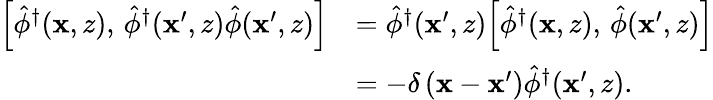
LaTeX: \begin{array}{rl}{\Bigl[\hat{\phi}^{\dagger}(\mathbf{x},z),\, \hat{\phi}^{\dagger}(\mathbf{x}^{\prime},z)\hat{\phi}(\mathbf{x}^{\prime},z)\Bigr]}&{=\hat{\phi}^{\dagger}(\mathbf{x}^{\prime},z)\Bigl[\hat{\phi}^{\dagger}(\mathbf{x},z),\, \hat{\phi}(\mathbf{x}^{\prime},z)\Bigr]}\\ &{=-\delta\left(\mathbf{x}-\mathbf{x}^{\prime}\right)\hat{\phi}^{\dagger}(\mathbf{x}^{\prime},z).}\end{array}